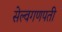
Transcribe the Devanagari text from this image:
सेल्वगणपती